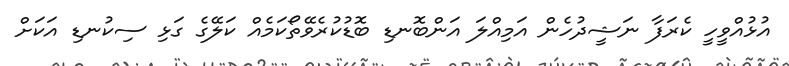
އުޅުއްވީހީ ކެރަފާ ނަޝީދުހެން އަމިއްލަ އަންބޮނޑި ބޮޑުކުރެވޭތޯކަމެއް ކަލޭގެ ގަޅި ސިކުނޑި އަކަށް